Document type: Enfranchisement
Year: 1297
Scribe: Jaume de Trilla
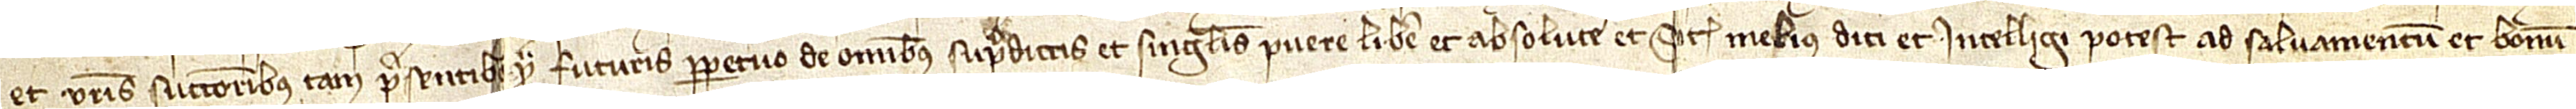
et vestris successoribus tam presentibus quam futuris perpetuo de omnibus supradictis et singulis puere, libere et absolute et sicut melius dici et intelligi potest ad salvamentum et bonum